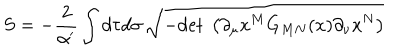
S = - \frac { 2 } { \alpha ^ { \prime } } \int d \tau d \sigma \, \sqrt { - \mathrm { d e t ~ } \left( \partial _ { \mu } x ^ { M } G _ { M N } ( x ) \partial _ { \nu } x ^ { N } \right) }